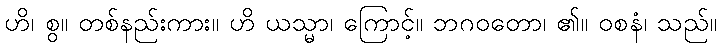
ဟိ၊ စွ။ တစ်နည်းကား။ ဟိ ယသ္မာ၊ ကြောင့်။ ဘဂဝတော၊ ၏။ ဝစနံ၊ သည်။